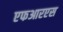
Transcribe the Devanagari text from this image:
एफआरएस